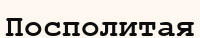
Посполитая